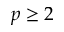
p \ge 2